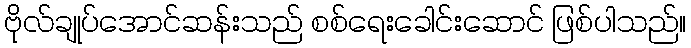
ဗိုလ်ချုပ်အောင်ဆန်းသည် စစ်ရေးခေါင်းဆောင် ဖြစ်ပါသည်။